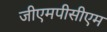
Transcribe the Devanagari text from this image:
जीएमपीसीएम